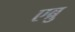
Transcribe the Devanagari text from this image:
एब्रु